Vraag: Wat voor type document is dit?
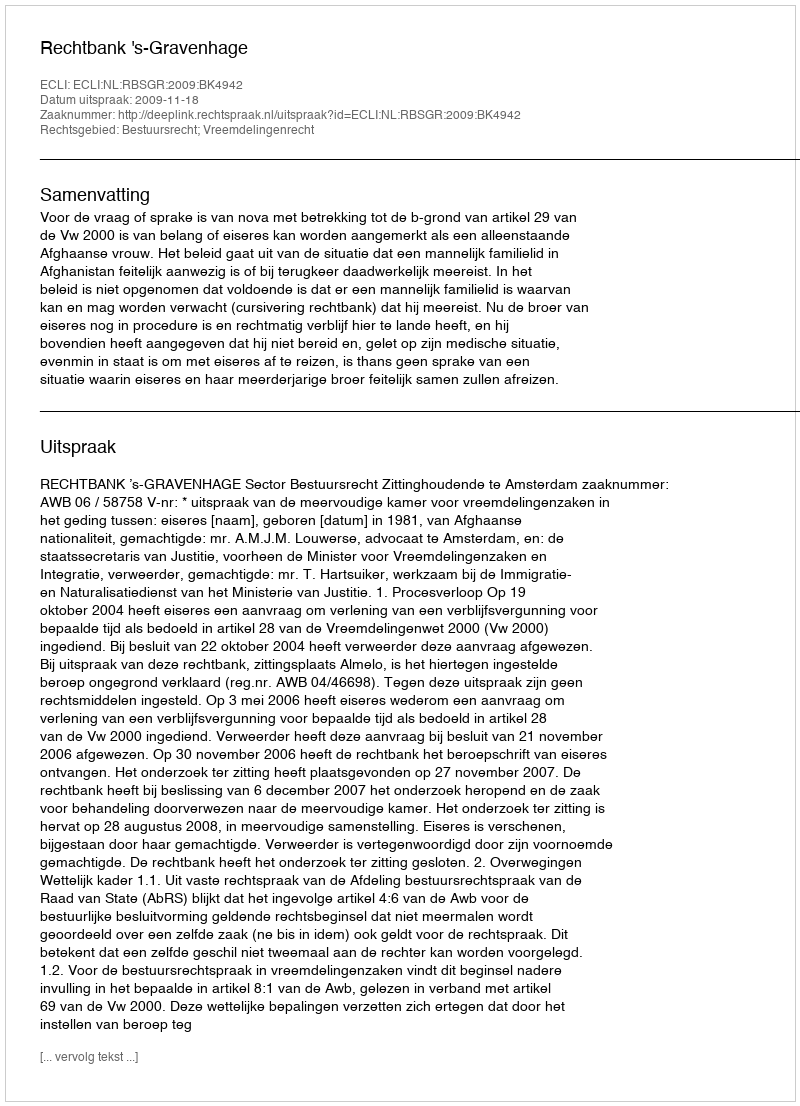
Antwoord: Uitspraak